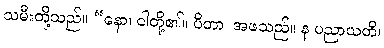
သမီးတို့သည်။ “နော၊ ငါတို့၏။ ပိတာ၊ အဖသည်။ န ပညာယတိ၊